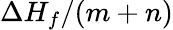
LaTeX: \Delta H_{f}/(m+n)